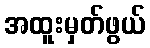
အထူးမှတ်ဖွယ်